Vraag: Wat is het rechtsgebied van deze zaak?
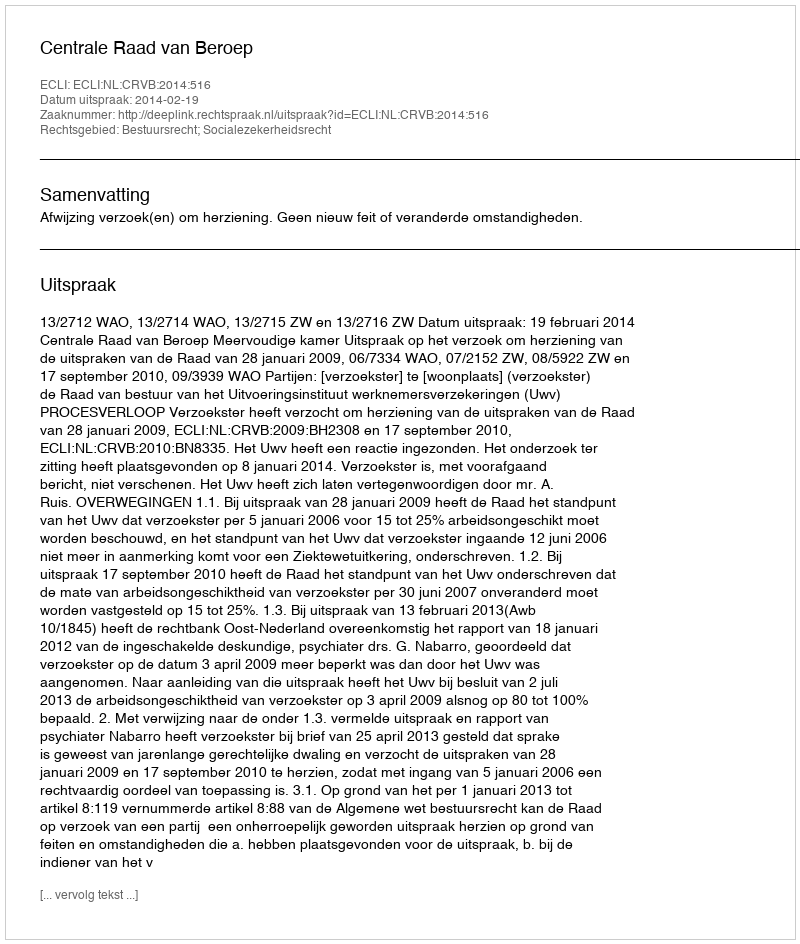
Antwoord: Bestuursrecht; Socialezekerheidsrecht